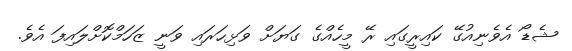
ޝެޑޯ އެވެނިއުގޭ ކައިރީގައި ރޭ މީހެއްގެ ގަޔަށް ވަޅިހަރައި ވަނީ ޒަހަމްކޮށްލައިފަ އެވެ.